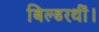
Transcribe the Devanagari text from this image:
बिल्डरथीं।